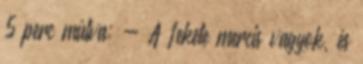
5 perc múlva: - A fekete mercis vagyok, és